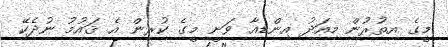
މީގެ އިތުރުން މިއަދު އިންޑިއާ ވަނީ މީގެ ކުރިން އެ ޤައުމު ނުދެކޭ